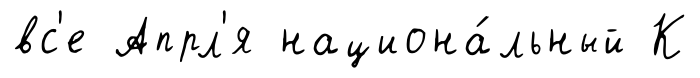
вс'е Апрл'я национа́льный К